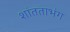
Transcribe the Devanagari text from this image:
शांतताभंग